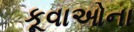
કૂવાઓના